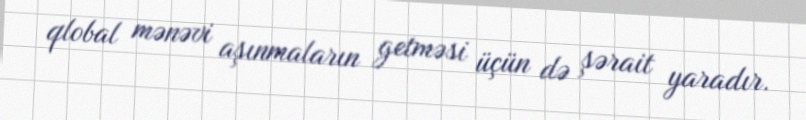
qlobal mənəvi aşınmaların getməsi üçün də şərait yaradır.